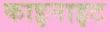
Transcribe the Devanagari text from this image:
काइनाइट